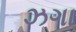
ઝગા